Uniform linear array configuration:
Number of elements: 24
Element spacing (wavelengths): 0.75
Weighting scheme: hann
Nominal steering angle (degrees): -45
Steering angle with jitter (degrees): -44.238
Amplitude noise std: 0.05
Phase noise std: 0.05

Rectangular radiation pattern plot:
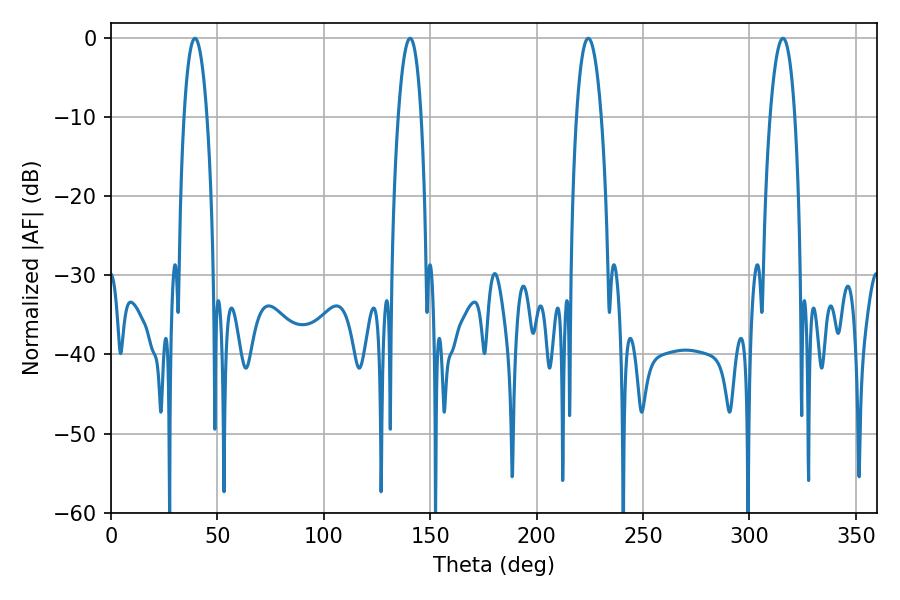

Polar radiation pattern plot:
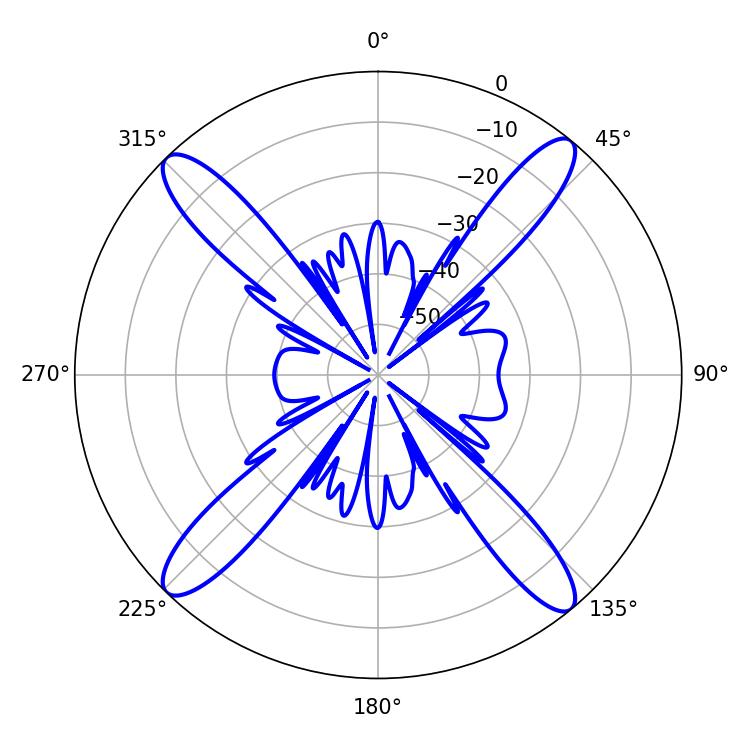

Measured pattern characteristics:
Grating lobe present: TRUE
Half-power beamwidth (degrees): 6.48
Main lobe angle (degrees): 224.28